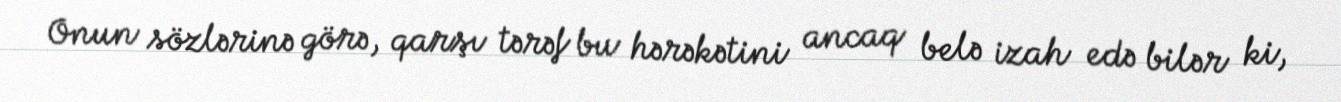
Onun sözlərinə görə, qarşı tərəf bu hərəkətini ancaq belə izah edə bilər ki,